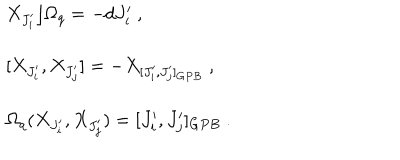
LaTeX: \begin{array} { l } { { X _ { J _ { i } ^ { \prime } } \rfloor \Omega _ { q } = - d J _ { i } ^ { \prime } ~ , } } \\ { { [ X _ { J _ { i } ^ { \prime } } , X _ { J _ { j } ^ { \prime } } ] = - X _ { [ J _ { i } ^ { \prime } , J _ { j } ^ { \prime } ] _ { G P B } } ~ , } } \\ { { \Omega _ { q } ( X _ { J _ { i } ^ { \prime } } , X _ { J _ { j } ^ { \prime } } ) = [ J _ { i } ^ { \prime } , J _ { j } ^ { \prime } ] _ { G P B } ~ . } } \\ \end{array}